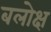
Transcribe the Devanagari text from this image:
बलोक्ष